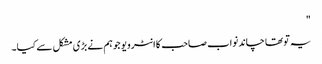
"
یہ تو تھا چاند نواب صاحب کا انٹرویو جو ہم نے بڑی مشکل سے کیا۔